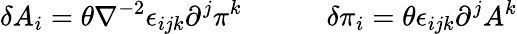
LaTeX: \delta A_{i}=\theta\nabla^{-2}\epsilon_{ijk}\partial^{j}\pi^{k}\quad\qquad\delta\pi_{i}=\theta\epsilon_{ijk}\partial^{j}A^{k}